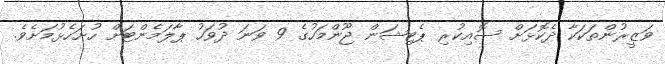
ވަޒީރުންތަކަކާ ދެކޮޅަށް ސޮއިކުރި ޕެޓިޝަން ޖޫންމަހުގެ 9 ވަނަ ދުވަހު ޕާލަމެންޓަށް ހުށަހެޅުމަށެވެ.